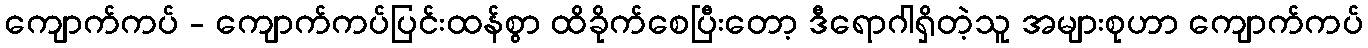
ကျောက်ကပ် - ကျောက်ကပ်ပြင်းထန်စွာ ထိခိုက်စေပြီးတော့ ဒီရောဂါရှိတဲ့သူ အများစုဟာ ကျောက်ကပ်